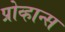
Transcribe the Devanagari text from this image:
प्रोव्हान्स